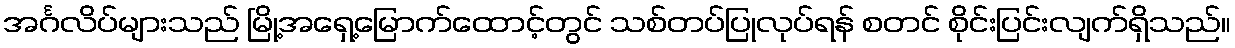
အင်္ဂလိပ်များသည် မြို့အရှေ့မြောက်ထောင့်တွင် သစ်တပ်ပြုလုပ်ရန် စတင် စိုင်းပြင်းလျက်ရှိသည်။